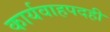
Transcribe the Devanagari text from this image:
कार्यवाहपदही